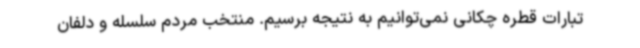
تبارات قطره چکانی نمی‌توانیم به نتیجه برسیم. منتخب مردم سلسله و دلفان